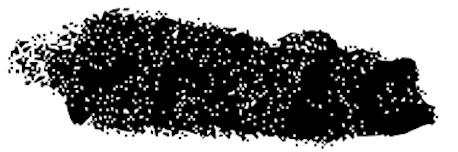
Text: Prize
Cross-out: scratch
Writing tool: digital_black